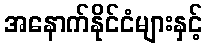
အနောက်နိုင်ငံများနှင့်